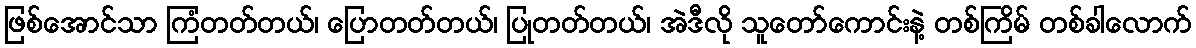
ဖြစ်အောင်သာ ကြံတတ်တယ်၊ ပြောတတ်တယ်၊ ပြုတတ်တယ်၊ အဲဒီလို သူတော်ကောင်းနဲ့ တစ်ကြိမ် တစ်ခါလောက်